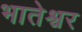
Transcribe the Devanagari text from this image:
भातेश्वर